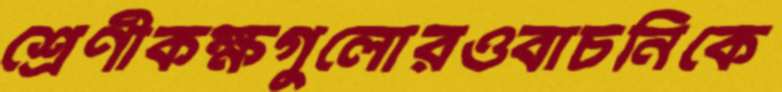
শ্রেণীকক্ষগুলোরওবাচনিকে